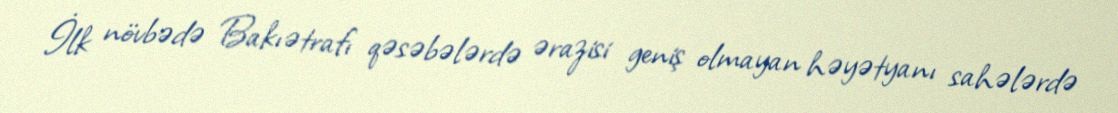
İlk növbədə Bakıətrafı qəsəbələrdə ərazisi geniş olmayan həyətyanı sahələrdə